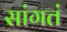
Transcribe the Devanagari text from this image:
सांगतं